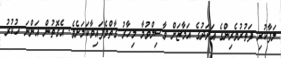
ލަފާކުރި ފަތުރުވެރިންގެ ޢަދަދުގެ އަމާޒަށް ވާސިލްވުމާ މިހާރު ގާތްވެފައިވާކަމަށެވެ. އެގޮތުން އަންނަ ހުކުރު